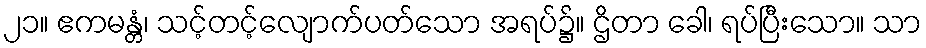
၂၁။ ဧကမန္တံ၊ သင့်တင့်လျောက်ပတ်သော အရပ်၌။ ဌိတာ ခေါ၊ ရပ်ပြီးသော။ သာ